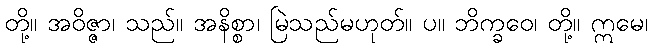
တို့။ အဝိဇ္ဇာ၊ သည်။ အနိစ္စာ၊ မြဲသည်မဟုတ်။ ပ။ ဘိက္ခဝေ၊ တို့။ ဣမေ၊